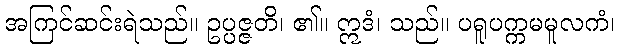
အကြင်ဆင်းရဲသည်။ ဥပ္ပဇ္ဇတိ၊ ၏။ ဣဒံ၊ သည်။ ပရူပက္ကမမူလကံ၊